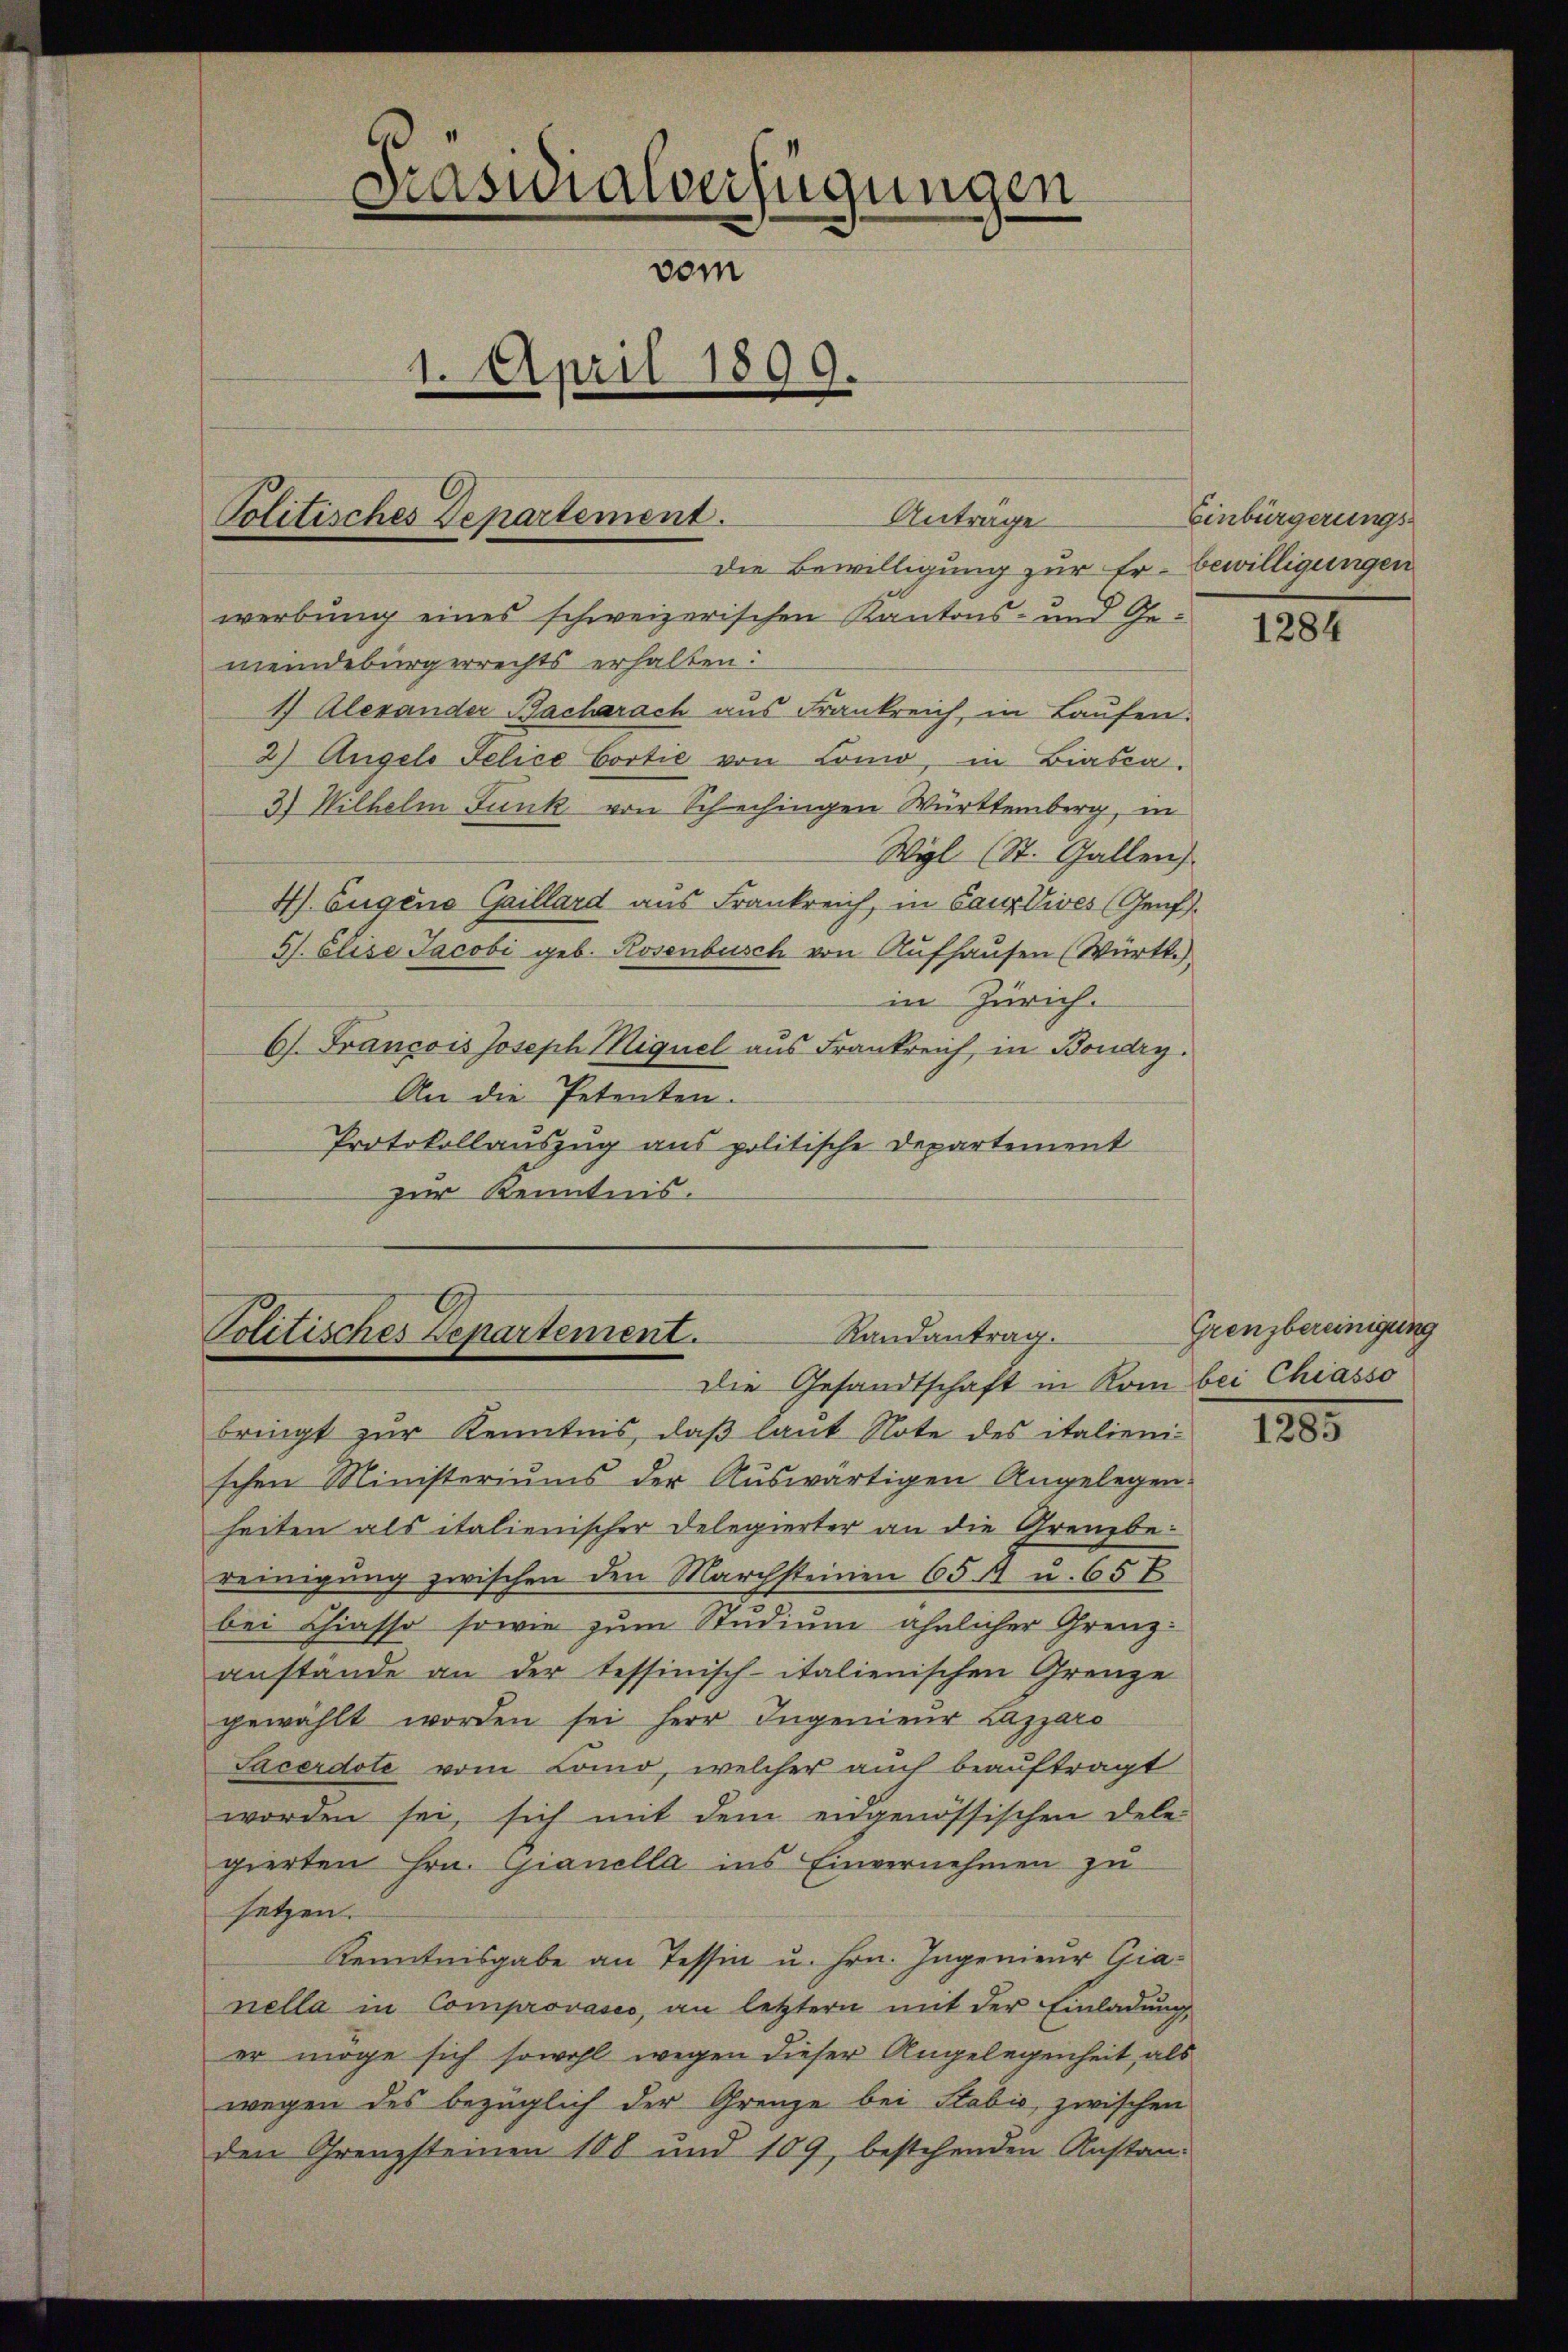
die Bewilligung zur Er- bewilligungen
werbung eines schweizerischen Kantons- und Gemeindebürgerrechts erhalten:
1 Alexander Bacherach aus Frankreich, in Laufen.
2) Angelo Felice Cortie von Lonio, in Biasca.
3.) Wilhelm Funk von Schechingen Württemberg, in
Wil (St. Gallen
4). Eugene Gaillard aus Frankreich, in Cautives (Genf.
57. Elise Jacobi geb. Rosenbusch von Aufhausen (Württ.
in Zürich.
6). François Joseph Miquel aus Frankreich in Boudry.
An die Petenten.
Protokollauszug aus politische Departement
zur Kenntnis.

Politisches Departement.

Präsidialverfügungen
vom
1. April 1899.

Antrage

Randantrag.
Politisches Departement.
Die Gesandtschaft in Kom bei Chiasso

bringt zur Kenntnis, daß laut Note des italieni-
schen Ministeriums der Aŭswärtigen Angelegen.
heiten als italienischer Delegierter an die Grenzbe-
reinigung zwischen den Marchsteinen 65 A u. 65 E
bei Chiasso sowie zum Studium ähnlicher Grenz-
anstande an der tessinisch-italienischen Grenze
gewählt worden sei Herr Ingenieŭr Lazaro
Sacerdote vom Como, welcher auch beauftragt
worden sei, sich mit dem eidgenössischen Dele
gierten Hrn. Gianella ins Einvernehmen zu
setzen.
Kenntnisgabe an Tessin u. Hrn. Ingenieur Gianella in Comprovases, an letztern mit der Einladung,
er möge sich sowohl wegen dieser Angelegenheit, als
wegen des bezüglich der Grenze bei Stabić, zwischen
den Grenzsteinen 108 und 109, bestehenden Anstan¬

Einbürgerungs¬

1284

Grenzbereinigung

1205